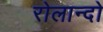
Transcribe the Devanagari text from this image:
रोलान्दो